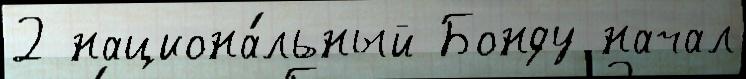
2 национа́льный Бонду начал